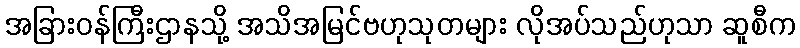
အခြားဝန်ကြီးဌာနသို့ အသိအမြင်ဗဟုသုတများ လိုအပ်သည်ဟုသာ ဆူစီက